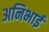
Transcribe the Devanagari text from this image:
अनिभाई